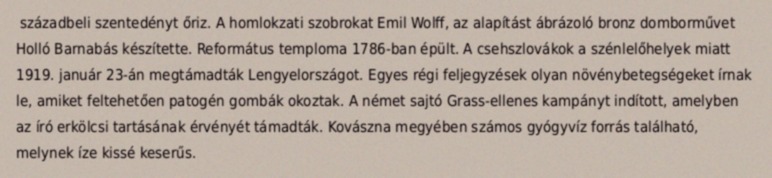
századbeli szentedényt őriz. A homlokzati szobrokat Emil Wolff, az alapítást ábrázoló bronz domborművet Holló Barnabás készítette. Református temploma 1786-ban épült. A csehszlovákok a szénlelőhelyek miatt 1919. január 23-án megtámadták Lengyelországot. Egyes régi feljegyzések olyan növénybetegségeket írnak le, amiket feltehetően patogén gombák okoztak. A német sajtó Grass-ellenes kampányt indított, amelyben az író erkölcsi tartásának érvényét támadták. Kovászna megyében számos gyógyvíz forrás található, melynek íze kissé keserűs.